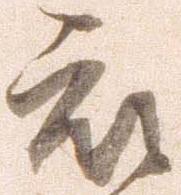
被